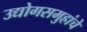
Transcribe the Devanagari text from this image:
उद्योगसमुहांचे